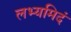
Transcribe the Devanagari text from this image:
लभ्यमिदं